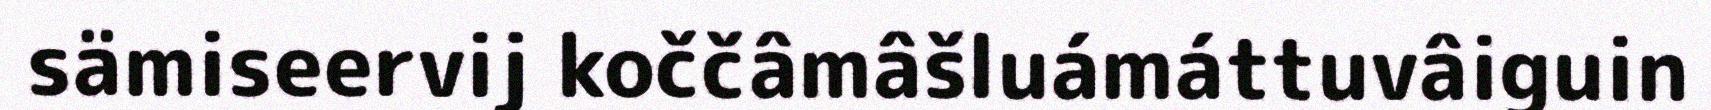
sämiseervij koččâmâšluámáttuvâiguin